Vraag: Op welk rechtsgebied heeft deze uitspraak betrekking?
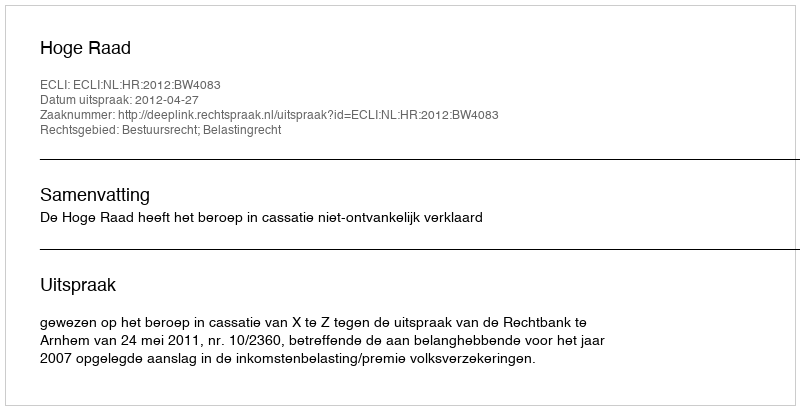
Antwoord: Bestuursrecht; Belastingrecht